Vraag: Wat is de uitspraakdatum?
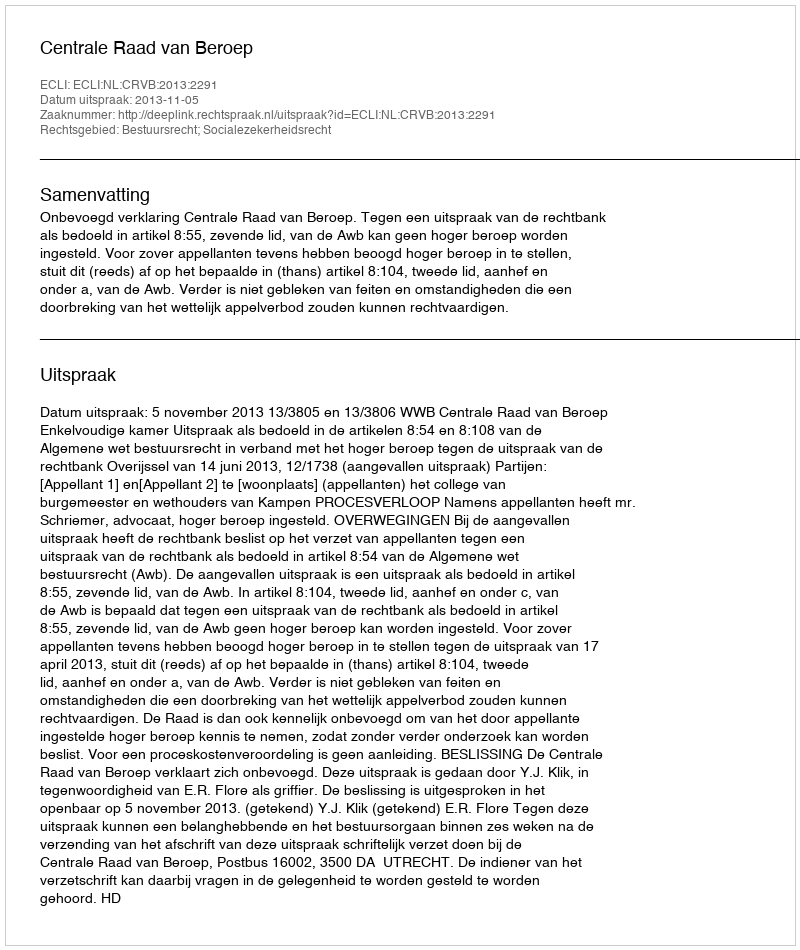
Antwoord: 2013-11-05